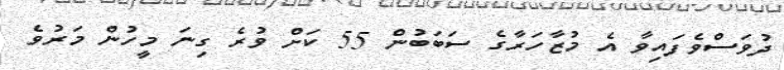
ދުވަސްވެފައިވާ އެ މުޒާހަރާގެ ސަބަބުން 55 ކަށް ވުރެ ގިނަ މީހުން މަރުވެ